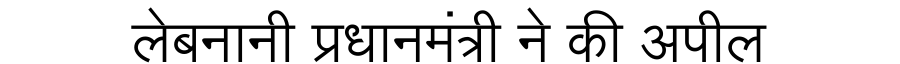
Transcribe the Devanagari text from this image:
लेबनानी प्रधानमंत्री ने की अपील